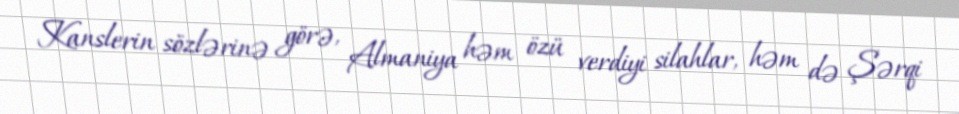
Kanslerin sözlərinə görə, Almaniya həm özü verdiyi silahlar, həm də Şərqi